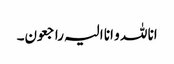
انا للہ و انا الیہ راجعون۔